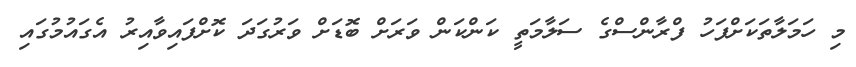
މި ހަމަލާތަކަށްފަހު ފްރާންސްގެ ސަލާމަތީ ކަންކަން ވަރަށް ބޮޑަށް ވަރުގަދަ ކޮށްފައިވާއިރު އެގައުމުގައި